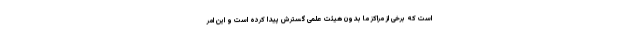
است که برخی از مراکز ما بدون هیئت علمی گسترش پیدا کرده است و این امر